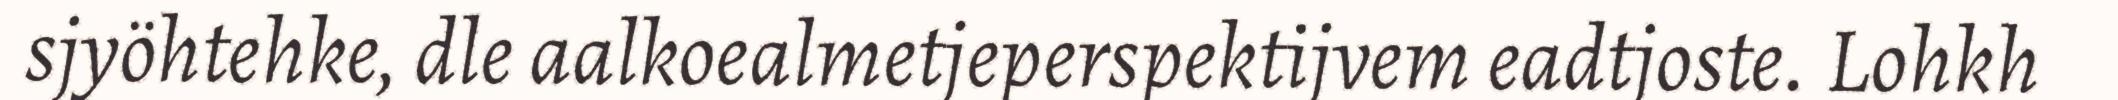
sjyöhtehke, dle aalkoealmetjeperspektijvem eadtjoste. Lohkh